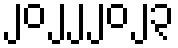
၂၀၂၂၂၀၂၃